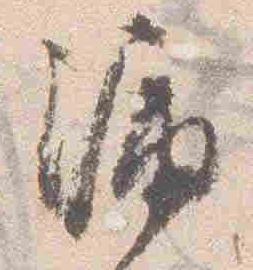
漏